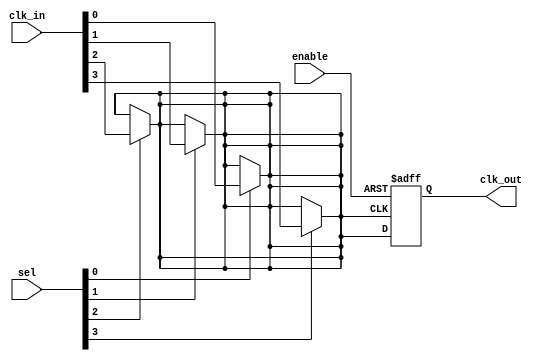
module CMuxBuf #(
    parameter NUM_CLK_SOURCES = 4 // Number of clock sources (clk0, clk1, clk2, ...)
)(
    input wire [NUM_CLK_SOURCES-1:0] clk_in,     // Input clock sources
    input wire [NUM_CLK_SOURCES-1:0] sel,         // Selection control signal
    input wire enable,                             // Enable signal
    output wire clk_out                            // Output buffered clock
);

// Internal signal to hold the selected clock
wire selected_clk;

// Clock selection logic
generate
    genvar i;
    for (i = 0; i < NUM_CLK_SOURCES; i = i + 1) begin : mux
        assign selected_clk = (sel[i]) ? clk_in[i] : selected_clk; // Select clock based on control signal
    end
endgenerate

// Buffering the selected clock
reg buffered_clk;
always @(posedge selected_clk or negedge enable) begin
    if (!enable) 
        buffered_clk <= 1'b0; // Disable output when enable is low
    else
        buffered_clk <= selected_clk; // Buffer selected clock
end

// Output clock
assign clk_out = buffered_clk;

endmodule